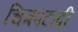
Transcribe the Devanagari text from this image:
चित्रपटादी